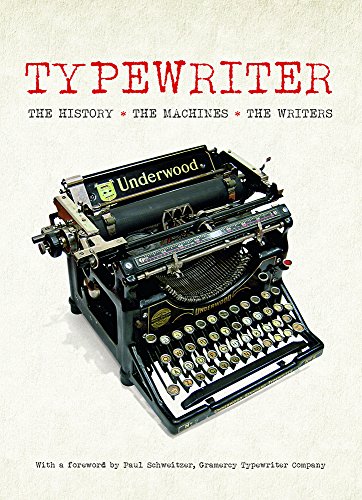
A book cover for Typewriter: The History Â· The Machines Â· The Writers; Tony Allan; History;